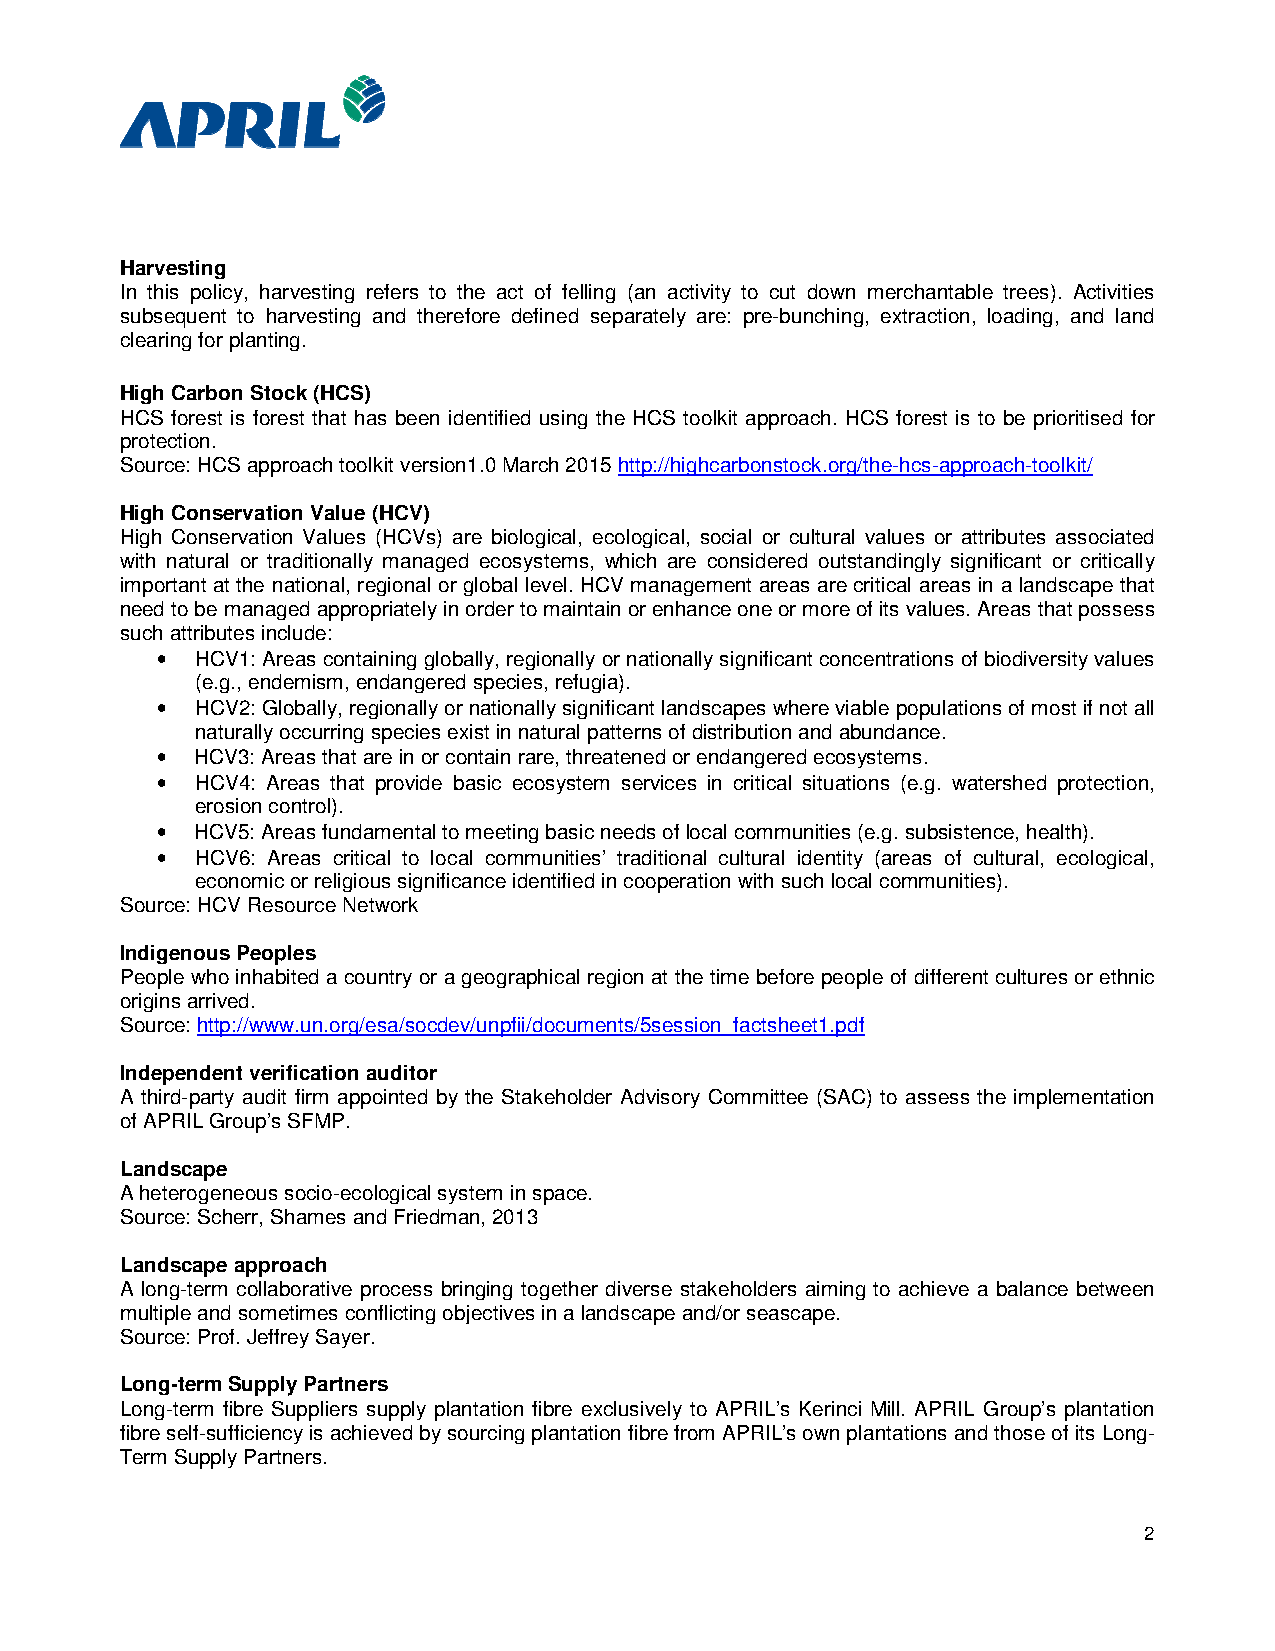
Harvesting
 In this policy, harvesting refers to the act of felling (an activity to cut down merchantable trees). Activities
 subsequent to harvesting and therefore defined separately are: pre-bunching, extraction, loading, and land
 clearing for planting.
 High Carbon Stock (HCS)
 HCS forest is forest that has been identified using the HCS toolkit approach. HCS forest is to be prioritised for
 protection.
 Source: HCS approach toolkit version1.0 March 2015 http://highcarbonstock.org/the-hcs-approach-toolkit/
 High Conservation Value (HCV)
 High Conservation Values (HCVs) are biological, ecological, social or cultural values or attributes associated
 with natural or traditionally managed ecosystems, which are considered outstandingly significant or critically
 important at the national, regional or global level. HCV management areas are critical areas in a landscape that
 need to be managed appropriately in order to maintain or enhance one or more of its values. Areas that possess
 such attributes include:
 •  HCV1: Areas containing globally, regionally or nationally significant concentrations of biodiversity values
 (e.g., endemism, endangered species, refugia).
 •  HCV2: Globally, regionally or nationally significant landscapes where viable populations of most if not all
 naturally occurring species exist in natural patterns of distribution and abundance.
 •  HCV3: Areas that are in or contain rare, threatened or endangered ecosystems.
 •  HCV4: Areas that provide basic ecosystem services in critical situations (e.g. watershed protection,
 erosion control).
 •  HCV5: Areas fundamental to meeting basic needs of local communities (e.g. subsistence, health).
 •  HCV6: Areas critical to local communities’ traditional cultural identity (areas of cultural, ecological,
 economic or religious significance identified in cooperation with such local communities).
 Source: HCV Resource Network
 Indigenous Peoples
 People who inhabited a country or a geographical region at the time before people of different cultures or ethnic
 origins arrived.
 Source: http://www.un.org/esa/socdev/unpfii/documents/5session_factsheet1.pdf
 Independent verification auditor
 A third-party audit firm appointed by the Stakeholder Advisory Committee (SAC) to assess the implementation
 of APRIL Group’s SFMP.
 Landscape
 A heterogeneous socio-ecological system in space.
 Source: Scherr, Shames and Friedman, 2013
 Landscape approach
 A long-term collaborative process bringing together diverse stakeholders aiming to achieve a balance between
 multiple and sometimes conflicting objectives in a landscape and/or seascape.
 Source: Prof. Jeffrey Sayer.
 Long-term Supply Partners
 Long-term fibre Suppliers supply plantation fibre exclusively to APRIL’s Kerinci Mill. APRIL Group’s plantation
 fibre self-sufficiency is achieved by sourcing plantation fibre from APRIL’s own plantations and those of its Long-
 Term Supply Partners.
 2